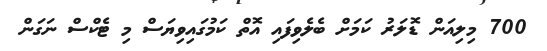
700 މިލިއަން ޑޮލަރު ކަމަށް ބެލެވިފައި އޮތް ކަމުގައިވިޔަސް މި ޓެކްސް ނަގަން